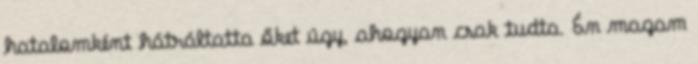
hatalomként hátráltatta őket úgy, ahogyan csak tudta. Én magam